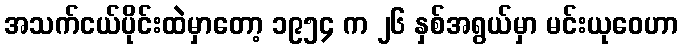
အသက်ငယ်ပိုင်းထဲမှာတော့ ၁၉၅၄ က ၂၆ နှစ်အရွယ်မှာ မင်းယုဝေဟာ